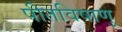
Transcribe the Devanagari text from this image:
पीतविषाणु